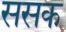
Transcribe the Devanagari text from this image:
ससक